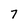
Character: 7